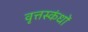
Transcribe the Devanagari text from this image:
वृत्तस्कंधों